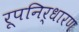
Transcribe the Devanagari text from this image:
रूपनिर्धारण